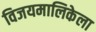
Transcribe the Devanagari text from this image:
विजयमालिकेला